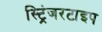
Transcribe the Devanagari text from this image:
स्ट्रिंजरटाइप